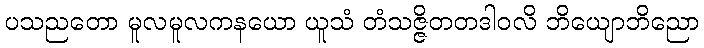
ပသညတော မူလမူလကနယော ယူသံ တံသဇ္ဇိတတဒါဝလိ ဘိယျောဘိညော